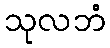
သုလဘံ